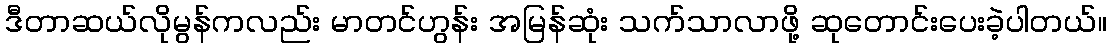
ဒီတာဆယ်လိုမွန်ကလည်း မာတင်ဟွန်း အမြန်ဆုံး သက်သာလာဖို့ ဆုတောင်းပေးခဲ့ပါတယ်။